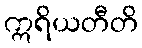
ဣရိယတီတိ